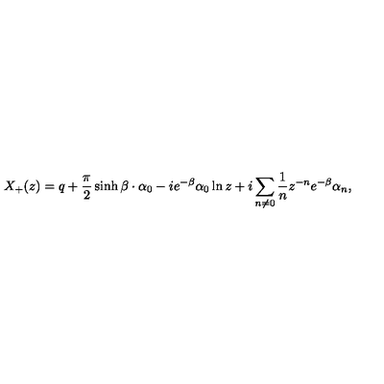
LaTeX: X _ { + } ( z ) = q + \frac { \pi } { 2 } \sinh \beta \cdot \alpha _ { 0 } - i e ^ { - \beta } \alpha _ { 0 } \ln z + i \sum _ { n \neq 0 } \frac { 1 } { n } z ^ { - n } e ^ { - \beta } \alpha _ { n } ,